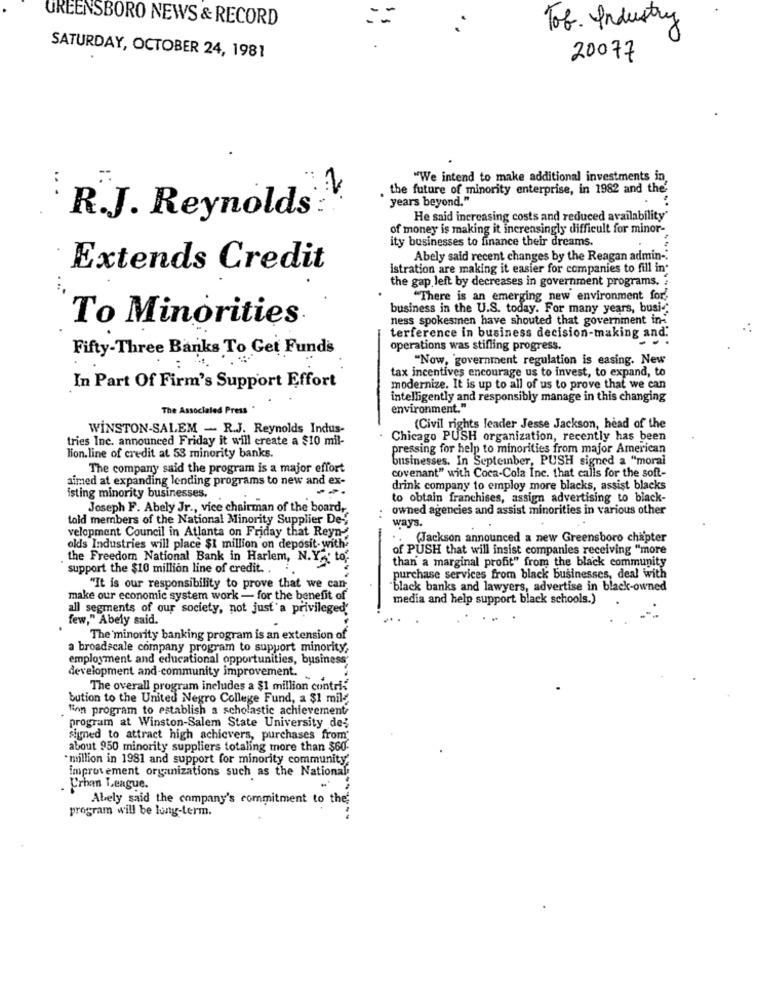
GREENSBORO NEWS & RECORD
Tob. Industry
SATURDAY, OCTOBER 24, 1981
20077
..
"We intend to make additional investments in
the future of minority enterprise, in 1982 and the'
years beyond."
R.J. Reynolds
He said increasing costs and reduced availability'
of money is making it increasingly difficult for minor-
ity businesses to finance their dreams.
Abely said recent changes by the Reagan admin -.
Extends Credit
istration are making it easier for companies to fill in*
the gap left by decreases in government programs.
"There is an emerging new environment for,
business in the U.S. today. For many years, busi-
To Minorities
ness spokesmen have shouted that government in-
terference in business decision-making and.
Fifty-Three Banks To Get Fund's
operations was stifling progress.
"Now, government regulation is easing. New
tax incentives encourage us to invest, to expand, to
In Part Of Firm's Support Effort
modernize. It is up to all of us to prove that we can
intelligently and responsibly manage in this changing
The Associated Press
environment."
WINSTON-SALEM - R.J. Reynolds Indus-
(Civil rights leader Jesse Jackson, head of the
tries Inc. announced Friday it will create a $10 mil-
Chicago PUSH organization, recently has been
pressing for help to minorities from major American
lion.line of credit at 53 minority banks.
businesses. In September, PUSH signed a "moral
The company said the program is a major effort
covenant" with Coca-Cola Inc. that calls for the soft-
aimed at expanding lending programs to new and ex-
drink company to employ more blacks, assist blacks
isting minority businesses.
to obtain franchises, assign advertising to black-
Joseph F. Abely Jr ., vice chairman of the board,
owned agencies and assist minorities in various other
told members of the National Minority Supplier De",
ways.
velopment Council in Atlanta on Friday that Reyn-
-
..
(Jackson announced a new Greensboro chapter
oldls Industries will place $1 million on deposit- with-
of PUSH that will insist companies receiving "more
the Freedom National Bank in Harlem, N.Y . to.
than a marginal profit" from the black community
support the $10 million line of credit. .
purchase services from black businesses, deal with
"It is our responsibility to prove that we can
"black banks and lawyers, advertise in black-owned
make our economic system work - for the benefit of
media and help support black schools.)
all segments of our society, not just a privileged
few," Abely said.
The'minority banking program is an extension of
a broadscale company program to support minority.
employment and educational opportunities, business
development and-community improvement.
The overall program includes a $1 million contri-
bution to the United Negro College Fund, a $1 mil-
Finn program to establish a scholastic achievement,
program at Winston-Salem State University de-
signed to attract high achievers, purchases from
about 950 minority suppliers totaling more than $60-
*million in 1981 and support for minority community.
improvement organizations such as the National
. Crhan League.
Abely said the company's commitment to the
program will be long-term.